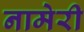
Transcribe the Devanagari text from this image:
नामेरी